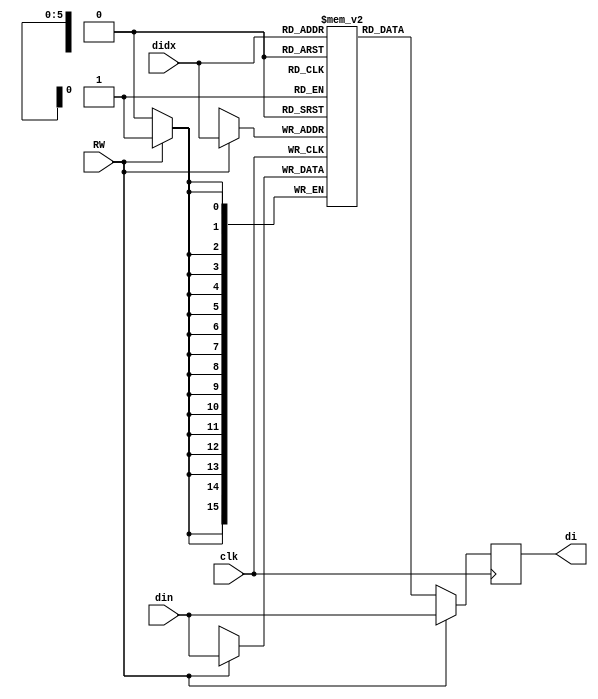
module dbuf(
	input wire clk, 
	input wire [15:0] din, //input
	input wire [5:0] didx, //address
	input wire RW,
	output reg [15:0] di
);
	reg [15:0] mem [0:63];

	// dbuf
	// RW=1 (write mode)
	// RW=0 (read mode)
	always @(posedge clk) begin 
		if(RW) // write mode: write din into memory
			mem[didx] <= din; 
		// if read mode -> don't write din to memory
		
		di <= RW ? din:mem[didx]; // if write mode -> write out din to di(dout)
		// if read mode -> write out what's in memory to di(dout)
	end

endmodule